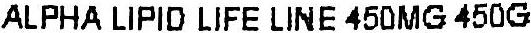
ALPHA LIPID LIFE LINE 450MG 450G